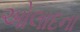
ઓલાદના